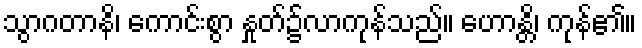
သွာဂတာနိ၊ ကောင်းစွာ နှုတ်၌လာကုန်သည်။ ဟောန္တိ၊ ကုန်၏။